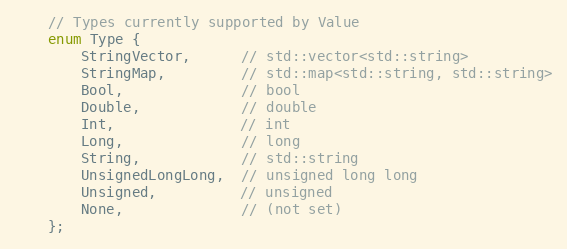
Language: C
    // Types currently supported by Value
    enum Type {
        StringVector,      // std::vector<std::string>
        StringMap,         // std::map<std::string, std::string>
        Bool,              // bool
        Double,            // double
        Int,               // int
        Long,              // long
        String,            // std::string
        UnsignedLongLong,  // unsigned long long
        Unsigned,          // unsigned
        None,              // (not set)
    };